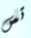
تس